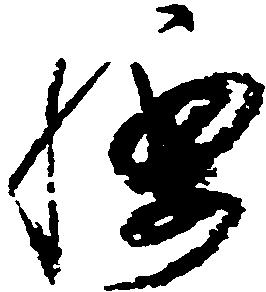
腰